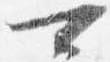
可